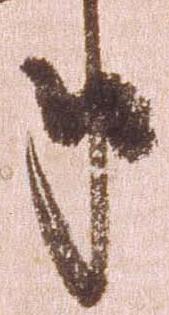
年